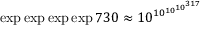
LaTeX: \exp \exp \exp \exp 7 3 0 \approx 1 0 ^ { 1 0 ^ { 1 0 ^ { 1 0 ^ { 3 1 7 } } } }